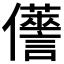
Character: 𠑏